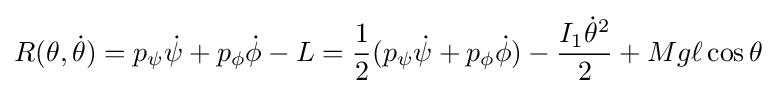
R(\theta ,{\dot {\theta }})=p_{\psi }{\dot {\psi }}+p_{\phi }{\dot {\phi }}-L={\frac {1}{2}}(p_{\psi }{\dot {\psi }}+p_{\phi }{\dot {\phi }})-{\frac {I_{1}{\dot {\theta }}^{2}}{2}}+Mg\ell \cos \theta